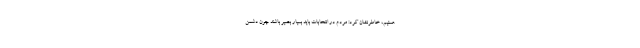
هستیم، خاطرنشان کرد: مردم در انتخابات باید بسیار بصیر باشند چون دشمن